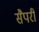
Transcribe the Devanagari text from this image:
सैपरी